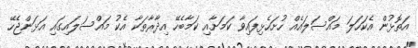
އަތޮޅުން އެކަހަލަ މައްސަލައެއް ހުށަހެޅިފައިވާ ކަމަށާއި ކަމާބެހޭ އިދާރާތަކާ އެކު މައްސަލައިގައި އަޅަންޖެހޭ